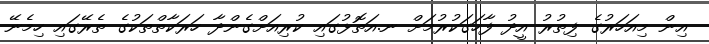
އިން މިއަހަރުގެ ފިތުރު އީދު ފާހަގަކުރުމަށް ނ.އަތޮޅުގައި ކުރިއަށްގެންދާ ހަރަކާތްތަކުގެ ތެރޭގައި ހިމެނޭ